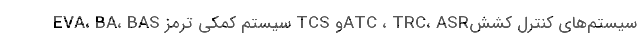
سیستم‌های کنترل کششATC ، TRC، ASRو TCS سیستم کمکی ترمز EVA، BA، BAS